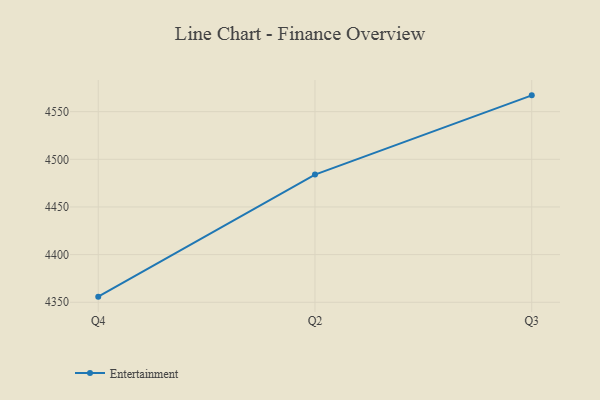
{"axis": {"x": "Quarter", "y": "Demand Index"}, "legend": ["Entertainment"], "data": [{"x": "Q4", "y": 4355.9, "type": "Entertainment"}, {"x": "Q2", "y": 4484.0, "type": "Entertainment"}, {"x": "Q3", "y": 4567.1, "type": "Entertainment"}]}